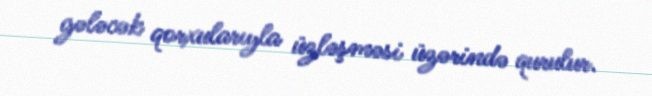
gələcək qorxularıyla üzləşməsi üzərində qurulur.